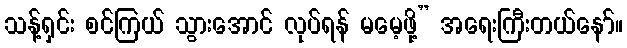
သန့်ရှင်း စင်ကြယ် သွားအောင် လုပ်ရန် မမေ့ဖို့” အရေးကြီးတယ်နော်။